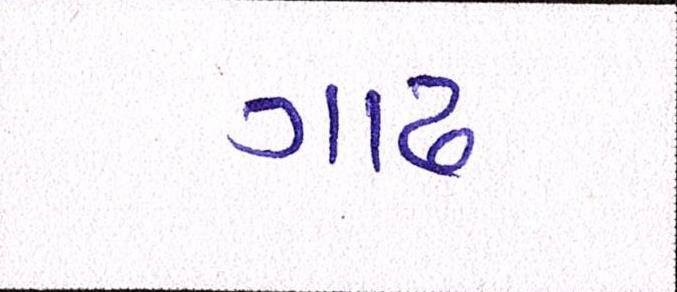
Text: ગાઢ